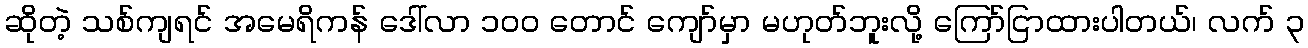
ဆိုတဲ့ သစ်ကျရင် အမေရိကန် ဒေါ်လာ ၁၀၀ တောင် ကျော်မှာ မဟုတ်ဘူးလို့ ကြော်ငြာထားပါတယ်၊ လက် ၃